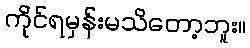
ကိုင်ရမှန်းမသိတော့ဘူး။